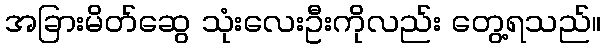
အခြားမိတ်ဆွေ သုံးလေးဦးကိုလည်း တွေ့ရသည်။